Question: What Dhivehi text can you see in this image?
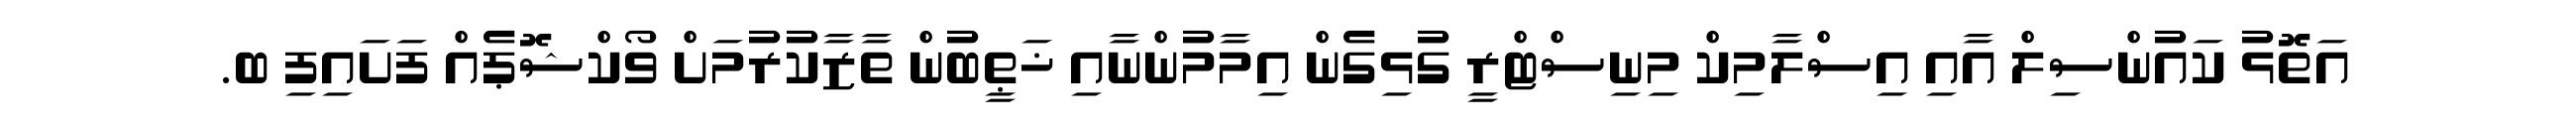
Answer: އަތޮޅު ކައުންސިލް އާއި އިސްލާމިކް މިނިސްޓްރީ ގުޅިގެން އިމާމުންނާއި ޚަޠީބުން ތާޒާކުރުމަށް ވޯކްޝޮޕެއް ފަށައިފި ބ.